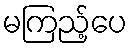
မကြည့်ပေ